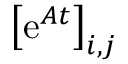
\left[ \mathrm { e } ^ { \boldsymbol { A } t } \right] _ { i , j }